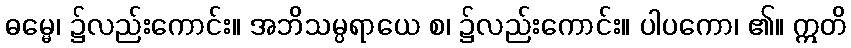
ဓမ္မေ၊ ၌လည်းကောင်း။ အဘိသမ္ပရာယေ စ၊ ၌လည်းကောင်း။ ပါပကော၊ ၏။ ဣတိ